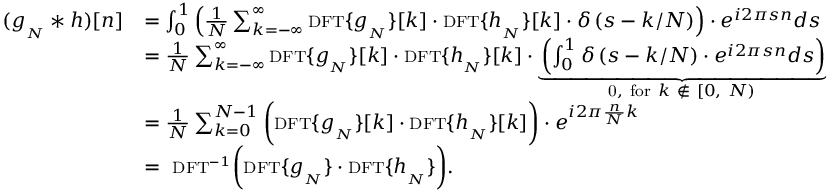
{ \begin{array} { r l } { ( g _ { _ { N } } * h ) [ n ] } & { = \int _ { 0 } ^ { 1 } \left( { \frac { 1 } { N } } \sum _ { k = - \infty } ^ { \infty } { \scriptstyle \mathrm { { D F T } } } \{ g _ { _ { N } } \} [ k ] \cdot { \scriptstyle \mathrm { { D F T } } } \{ h _ { _ { N } } \} [ k ] \cdot \delta \left( s - k / N \right) \right) \cdot e ^ { i 2 \pi s n } d s } \\ & { = { \frac { 1 } { N } } \sum _ { k = - \infty } ^ { \infty } { \scriptstyle \mathrm { { D F T } } } \{ g _ { _ { N } } \} [ k ] \cdot { \scriptstyle \mathrm { { D F T } } } \{ h _ { _ { N } } \} [ k ] \cdot \underbrace { \left( \int _ { 0 } ^ { 1 } \delta \left( s - k / N \right) \cdot e ^ { i 2 \pi s n } d s \right) } _ { { \mathrm { 0 , ~ f o r } } \ k \ \notin \ [ 0 , \ N ) } } \\ & { = { \frac { 1 } { N } } \sum _ { k = 0 } ^ { N - 1 } { \bigg ( } { \scriptstyle \mathrm { { D F T } } } \{ g _ { _ { N } } \} [ k ] \cdot { \scriptstyle \mathrm { { D F T } } } \{ h _ { _ { N } } \} [ k ] { \bigg ) } \cdot e ^ { i 2 \pi { \frac { n } { N } } k } } \\ & { = \ { \scriptstyle \mathrm { { D F T } } ^ { - 1 } } { \bigg ( } { \scriptstyle \mathrm { { D F T } } } \{ g _ { _ { N } } \} \cdot { \scriptstyle \mathrm { { D F T } } } \{ h _ { _ { N } } \} { \bigg ) } . } \end{array} }